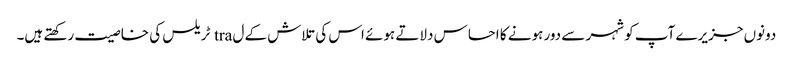
دونوں جزیرے آپ کو شہر سے دور ہونے کا احساس دلاتے ہوئے اس کی تلاش کے ل tra ٹریلس کی خاصیت رکھتے ہیں۔